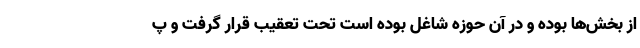
از بخش‌ها بوده و در آن حوزه شاغل بوده است تحت تعقیب قرار گرفت و پ